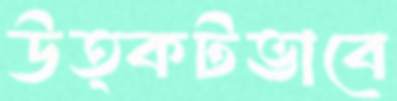
উত্কটভাবে